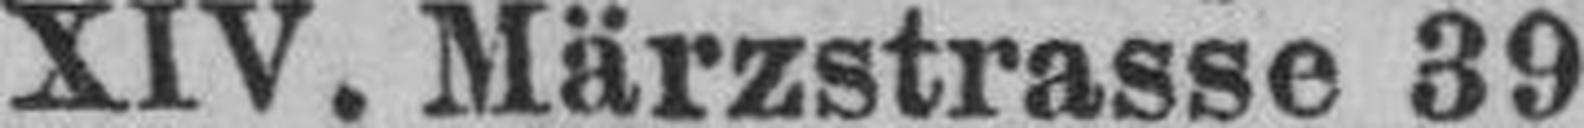
XIV. Märzstrasse 39